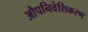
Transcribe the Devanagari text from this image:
औपनिवेशिकरण